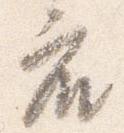
座